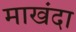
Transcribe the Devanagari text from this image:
माखंदा